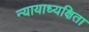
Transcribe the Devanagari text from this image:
न्यायाध्यक्षिता